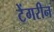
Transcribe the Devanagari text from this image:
टेंगरीन